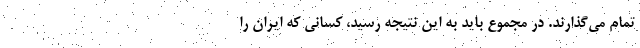
تمام می‌گذارند. در مجموع باید به این نتیجه رسید، کسانی که ایران را